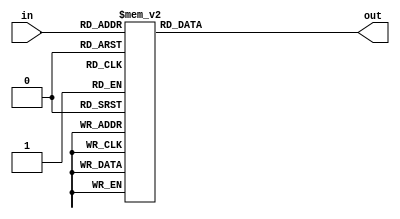
`timescale 1ns / 1ps
//////////////////////////////////////////////////////////////////////////////////
// Company: 
// Engineer: 
// 
// Design Name: 
// Module Name: ssddriver
// Project Name: 
// Target Devices: 
// Tool Versions: 
// Description: 
// 
// Dependencies: 
// 
// Revision:
// Revision 0.01 - File Created
// Additional Comments:
// 
//////////////////////////////////////////////////////////////////////////////////


module ssddriver(
    input  [3:0]   in,
    output reg[6:0]out
);
    initial begin
        out = 7'b1111111;
    end
    always @(*) begin
        case (in)
            4'h0:out = 7'b0000001;
            4'h1:out = 7'b1001111;
            4'h2:out = 7'b0010010;
            4'h3:out = 7'b0000110;
            4'h4:out = 7'b1001100;
            4'h5:out = 7'b0100100;
            4'h6:out = 7'b0100000;
            4'h7:out = 7'b0001111;
            4'h8:out = 7'b0000000;
            4'h9:out = 7'b0000100;
            4'ha:out = 7'b0001000;
            4'hb:out = 7'b1100000;
            4'hc:out = 7'b0110001;
            4'hd:out = 7'b1000010;
            4'he:out = 7'b0110000;
            4'hf:out = 7'b0111000;
            default: 
                 out = 7'b1111111;
        endcase
    end
endmodule

module Divider_100M_to_500(clock, Output_clock);
    input clock;
    output Output_clock;
    reg Output_clock;
    reg [17:0] Counter;
    
    initial begin #0 Counter = 0; Output_clock = 0; end
        
    always @ (posedge clock)   begin
        if (Counter == 199999) begin Output_clock <= 1; Counter <= 0;  end
        else if (Counter == 1) begin  Output_clock <= 0; Counter <= Counter + 1;  end
        else Counter <= Counter + 1;   
    end
endmodule
module Divide_500_to_1 (clock, Output_clock);
    input clock;
    output Output_clock;
    reg Output_clock;
    reg [8:0] Counter;
    
    initial begin #0 Counter = 0; Output_clock = 0;  end
    
    always @ (posedge clock)   begin
        if (Counter == 499)    begin Output_clock <= 1; Counter <= 0;  end
        else if (Counter == 1)  begin  Output_clock <= 0; Counter <= Counter + 1; end
        else Counter <= Counter + 1;
    end

endmodule

// module Ring_Counter
// EFFECT: , counter ? 0
module Ring_Counter(
    input   wire            clock,
    output  reg     [1:0]   counter
);
    initial begin
        counter = 2'd0;
    end

    always @ (posedge clock)    begin
        counter = counter + 1;
    end
endmodule

// module SSD_Display
// EFFECT: 
//      -  16 bits  SSD 
//      - clockFPGAclock
module SSD_Display(
    input   wire            clock,
    input   wire    [31:0]  number_32,
    output  wire    [6:0]   Cathodes,
    output  reg     [3:0]   Anodes
);
    wire clock_500Hz, clock_1Hz;
    wire [1:0]  counter;
    reg [3:0]  Q;
    wire [15:0] number = number_32[15:0];
    initial begin
        Q = 4'b0000;
        Anodes = 4'b1111;
    end

    Divider_100M_to_500 Test1 (
        .clock(clock), .Output_clock(clock_500Hz)
    );
    Divide_500_to_1 Test2 (
        .clock(clock_500Hz), .Output_clock(clock_1Hz)
    );

    Ring_Counter Test3 (
        .clock(clock_500Hz), .counter(counter)
    );

    always @ ( * ) begin
        case (counter)
            2'b00: begin
                Q = number[15:12];
                Anodes = 4'b0111;
            end
            2'b01: begin
                Q = number[11:8];
                Anodes = 4'b1011;
            end
            2'b10: begin
                Q = number[7:4];
                Anodes = 4'b1101;
            end
            2'b11: begin
                Q = number[3:0];
                Anodes = 4'b1110;
            end
            default: begin
                Q = 4'b0000;
                Anodes = 4'b1111;
            end
        endcase
    end

    ssddriver ssd_driver (
        .in(Q), .out(Cathodes)
    );

endmodule